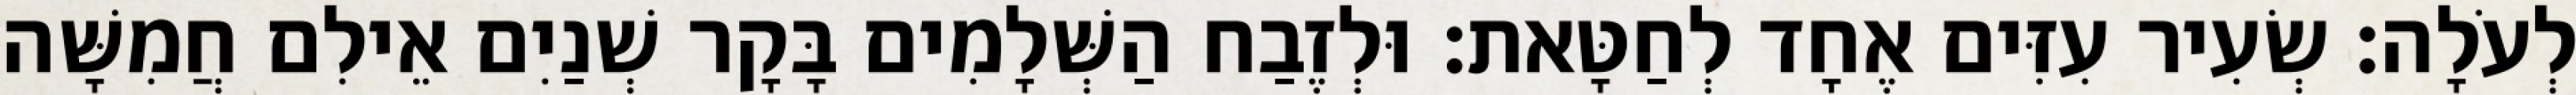
לְעֹלָה׃ שְׂעִיר עִזִּים אֶחָד לְחַטָּאת׃ וּלְזֶבַח הַשְּׁלָמִים בָּקָר שְׁנַיִם אֵילִם חֲמִשָּׁה